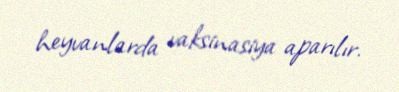
heyvanlarda vaksinasiya aparılır.